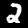
Digit: 2